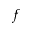
f